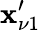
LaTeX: \mathbf{x}_{\nu1}^{\prime}